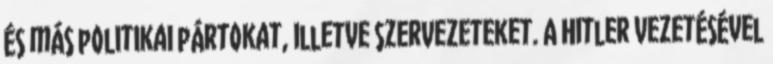
és más politikai pártokat, illetve szervezeteket. A Hitler vezetésével